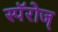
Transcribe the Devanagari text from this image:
स्पॅरोज्